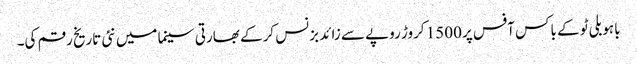
باہو بلی ٹو کے باکس آفس پر 1500 کروڑ روپے سے زائد بزنس کرکے بھارتی سینما میں نئی تاریخ رقم کی۔